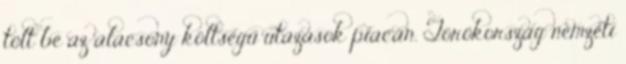
tölt be az alacsony költségű utazások piacán. Törökország nemzeti